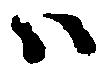
ハ